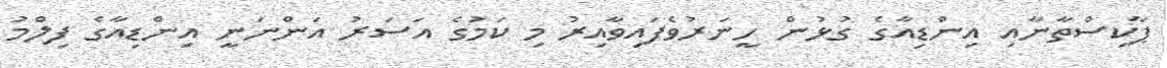
ޕާކިސްތާނާއި އިންޑިއާގެ ގުޅުން ހީނަރުވެފައިވާއިރު މި ކަމުގެ އަސަރު އަންނަނީ އިންޑިއާގެ ފިލްމު